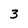
Character: 3